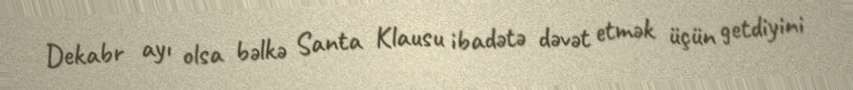
Dekabr ayı olsa bəlkə Santa Klausu ibadətə dəvət etmək üçün getdiyini